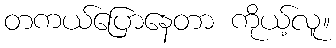
တကယ်ပြောနေတာ ကိုယ့်လူ။